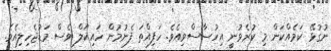
ނުގުޅޭ ކަމެއްކަން މި ކުރެވުނީ އިހުސާސްވިއެވެ. ހަފިއްތަ ފެނުމުން ހައިކަލް ވެސް މަޑުޖެހިލިއެވެ.